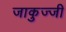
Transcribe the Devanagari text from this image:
जाकुज्जी